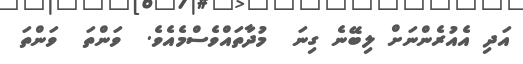
އަދި އެއުރެންނަށް ލިބޭނެ ގިނަ  މުދާތައްވެސްމެއެވެ.  ވަންތަ  ވަންތަ